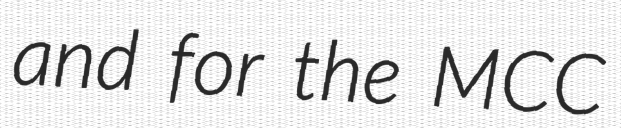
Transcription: and for the MCC